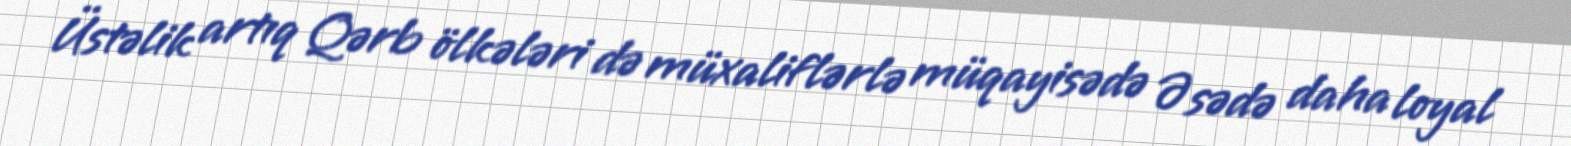
Üstəlik artıq Qərb ölkələri də müxaliflərlə müqayisədə Əsədə daha loyal